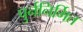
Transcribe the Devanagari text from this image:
पुर्ननिर्मित